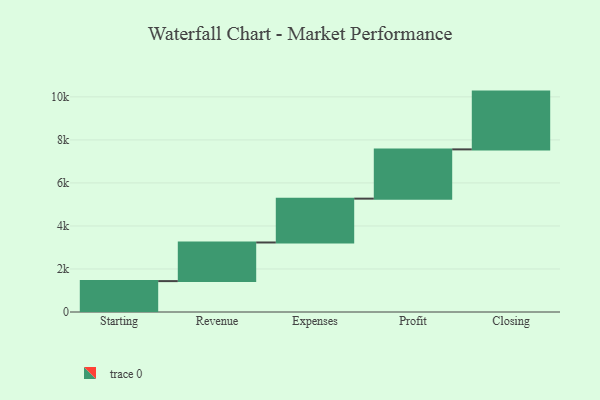
{"axis": {"x": "Step", "y": "Value"}, "legend": [""], "data": [{"x": "Starting", "y": 1436.0, "type": ""}, {"x": "Revenue", "y": 1796.0, "type": ""}, {"x": "Expenses", "y": 2038.0, "type": ""}, {"x": "Profit", "y": 2290.0, "type": ""}, {"x": "Closing", "y": 2686.0, "type": ""}]}